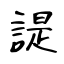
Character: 諟